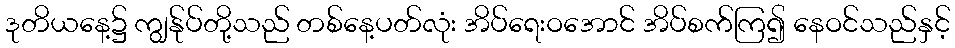
ဒုတိယနေ့၌ ကျွန်ုပ်တို့သည် တစ်နေ့ပတ်လုံး အိပ်ရေးဝအောင် အိပ်စက်ကြ၍ နေဝင်သည်နှင့်